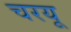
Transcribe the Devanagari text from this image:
चरयू